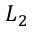
L _ { 2 }